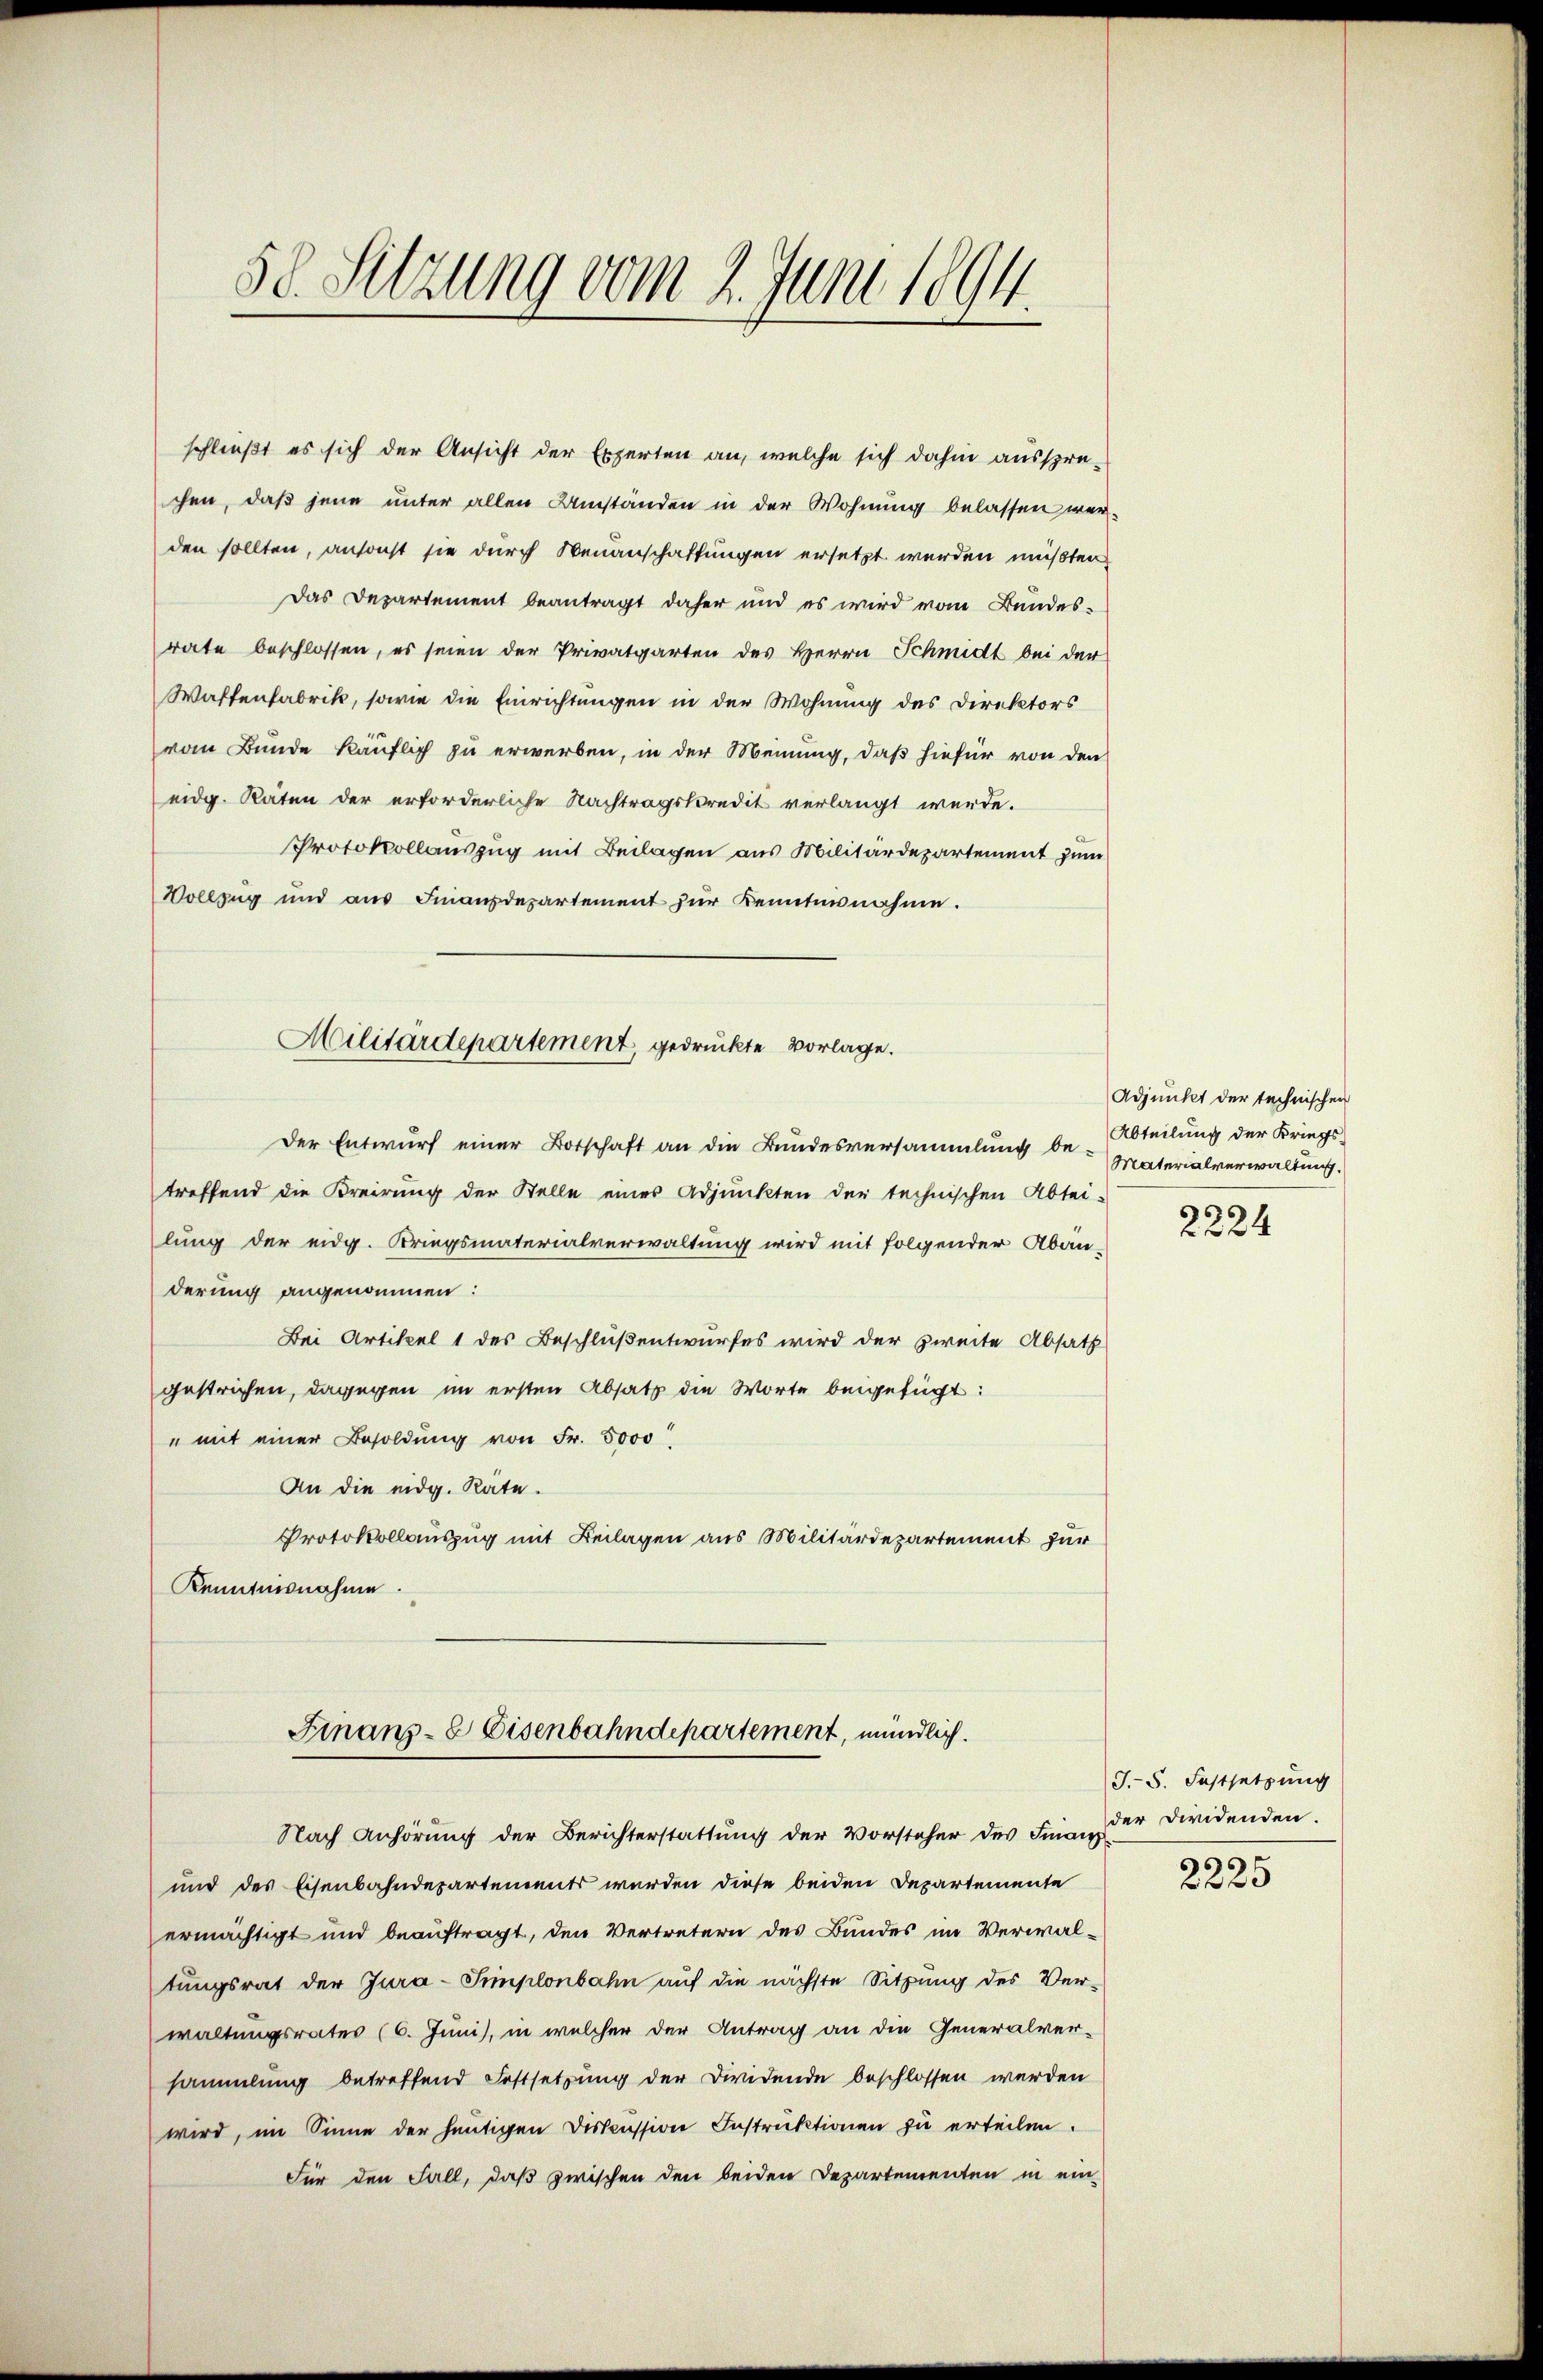
58. Setzung vom 2. Juni 1894.

schließt es sich der Ansicht der Experten an, welche sich dahin aussprechen, daß jene unter allen Umständen in der Wohnung belassen wer-
den sollten, ansonst sie durch Neuanschaftungen ersetzt werden müßten
Das Departement beantragt daher und es wird vom Bundes-
rate beschlossen, es seien der Privatgarten des Herrn Schmidt bei der
Waffenfabrik, sowie die Einrichtungen in der Wohnung des Direktors
vom Bunde käuflich zu erwerben, in der Meinung, daß hiefür von den
eidg. Raten der erforderliche Nachtragskredit verlangt werde.
Protokollauszug mit Beilagen aus Militärdepartement zum
Vollzug und aŭs Finanzdepartement zŭr Kenntnisnahme.
Der Entwurf einer Botschaft an die Bundesversammlung der Materialverwaltung.
treffend die Kreirung der Stelle eines Adjunkten der technischen Abtei-
lung der eidg. Kriegsmaterialverwaltung wird mit folgender Aban-
derung angenommen:
Bei Artikel 1 des Beschluß entwurfes wird der zweite Absatz
gestrichen, dagegen im ersten Absatz die Worte beigefügt:
" mit einer Besoldung von Fr. 5000
An die eidg. Rate.
Protokollauszug mit Beilagen aus Militärdepartement für
Kenntnisnahme.
Finanz-C Eisenbahndepartement, mündlich.
Nach Anhörung der Berichterstattung der Vorsteher des Finanz der Diridenden.
und des Eisenbahndepartements werden diese beiden Departemente
ermächtigt und beauftragt, den Vertretern des Bundes im Verwaltungsrat der Jura-Simplonbahn auf die nächste Sitzung des Verwaltungsrates (6. Juni, in welcher der Antrag an die Generalver-
sammlung betreffend Festsetzung der Diridende beschlossen werden
wird, im Sinne der heutigen Diskussion Instruktionen zu erteilen.
Für den Fall, daß zwischen den beiden Departementen in ein-

Militärdepartement, gedruckte Vorlage.

Adjunkt der technischen
Abteilung der Kriegs-

2224

J.-S. Festsetzung

6
35
2 x